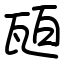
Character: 瓸